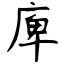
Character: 庳